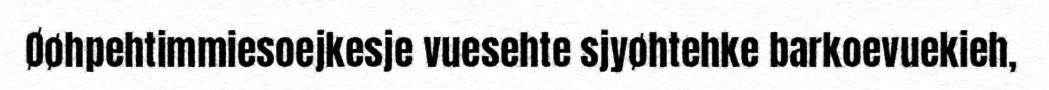
Øøhpehtimmiesoejkesje vuesehte sjyøhtehke barkoevuekieh,